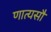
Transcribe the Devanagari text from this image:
णात्यसौ